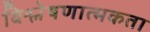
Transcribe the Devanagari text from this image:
विश्लेषणात्मकता